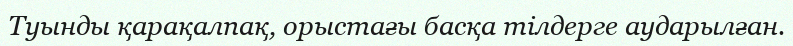
Туынды қарақалпақ, орыстағы басқа тілдерге аударылған.